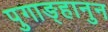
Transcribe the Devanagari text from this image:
पुगाङ्हानुन